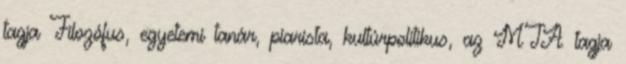
tagja Filozófus, egyetemi tanár, piarista, kultúrpolitikus, az MTA tagja